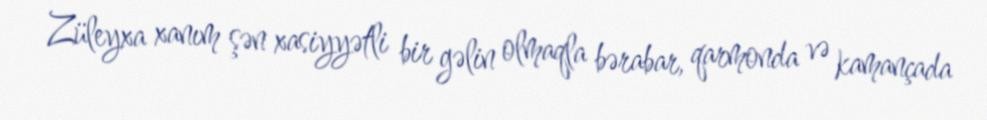
Züleyxa xanım şən xasiyyətli bir gəlin olmaqla bərabar, qarmonda və kamançada